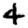
Digit: 4